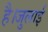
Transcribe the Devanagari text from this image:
है।जुलाई